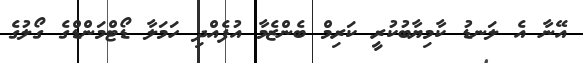
އޭނާ އެ ލަނޑު ކާމިޔާބުކުރީ ކަރިމް ބެންޒެމާ އުފެއްދި ހަމަލާ ޑޯޓްމަންޑްގެ ގޯލުގެ